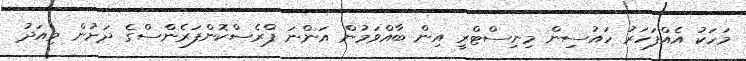
މަހަކު އެއްފަހަރު ހައުސިން މިނިސްޓްރީ އިން ބާއްވަމުން އަންނަ ޕްރެސްކޮންފަރެންސްގެ ދަށުން މިއަދު